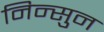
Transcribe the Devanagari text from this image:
निन्सुन